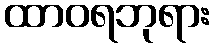
ထာဝရဘုရား